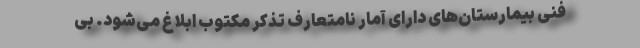
فنی بیمارستان‌های دارای آمار نامتعارف تذکر مکتوب ابلاغ می‌شود. بی